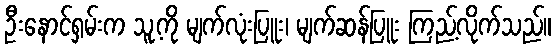
ဦးနောင်ရှမ်းက သူ့ကို မျက်လုံးပြူး၊ မျက်ဆန်ပြူး ကြည့်လိုက်သည်။